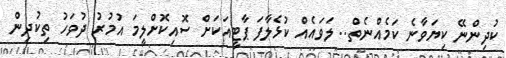
ކުދިންނޭ ކިޔަވާނެ ކަމެއްނެތް.. ލަވައެއް ކުޅެލާފަ ޕާޓީއަކަށް ސޮއިކޮށްލީމަ އުމުރު ދުވަހު ތިކުދިން